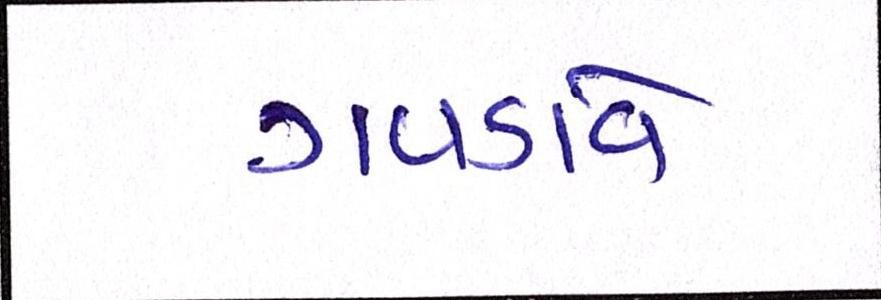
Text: ગવડાવે